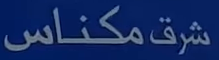
شرقمكناس